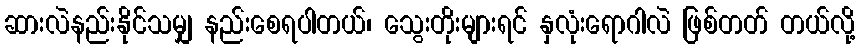
ဆားလဲနည်းနိုင်သမျှ နည်းစေရပါတယ်၊ သွေးတိုးများရင် နှလုံးရောဂါလဲ ဖြစ်တတ် တယ်လို့